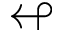
\looparrowleft